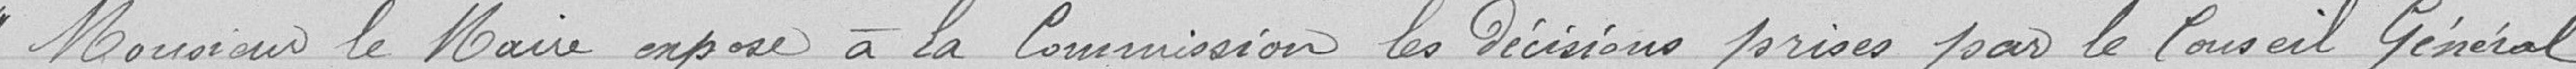
"Monsieur le Maire expose à la Commission les décisions prises par le Conseil Général